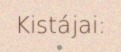
Kistájai: